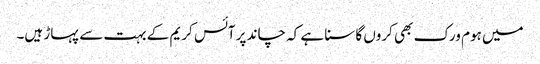
میں ہوم ورک بھی کروں گا سنا ہے کہ چاند پر آئس کریم کے بہت سے پہاڑ ہیں۔